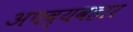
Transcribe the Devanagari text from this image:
अपव्यवहार